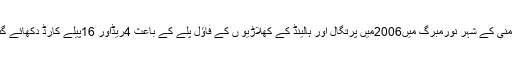
جرمنی کے شہر نورمبرگ میں2006میں پرتگال اور ہالینڈ کے کھلاڑیو ں کے فاؤل پلے کے باعث 4ریڈاور 16پیلے کارڈ دکھائے گئے۔